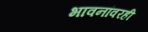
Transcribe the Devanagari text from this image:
भावनांवरही